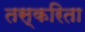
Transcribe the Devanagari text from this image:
तस्करिता